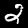
Digit: 2